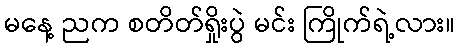
မနေ့ ညက စတိတ်ရှိုးပွဲ မင်း ကြိုက်ရဲ့လား။